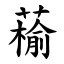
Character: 䕆